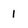
Character: 1